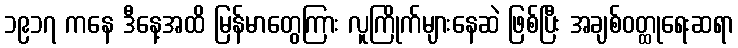
၁၉၁၇ ကနေ ဒီနေ့အထိ မြန်မာတွေကြား လူကြိုက်များနေဆဲ ဖြစ်ပြီး အချစ်ဝတ္ထုရေးဆရာ